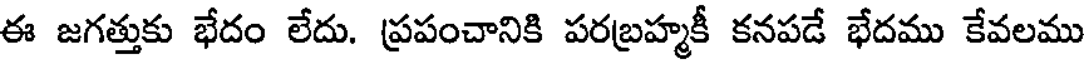
ఈ జగత్తుకు భేదం లేదు. ప్రపంచానికి పరబ్రహ్మకీ కనపడే భేదము కేవలము